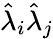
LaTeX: \hat{\lambda}_{i}\hat{\lambda}_{j}